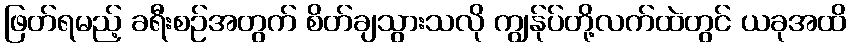
ဖြတ်ရမည့် ခရီးစဉ်အတွက် စိတ်ချသွားသလို ကျွန်ုပ်တို့လက်ထဲတွင် ယခုအထိ